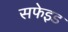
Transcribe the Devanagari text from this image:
सफेइड